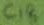
Text: C18